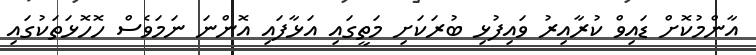
އާންމުކޮށް ޑައިވް ކުރާއިރު ވައިފުޅި ބުރަކަށި މަތީގައި އަޅާފައި އޮންނަ ނަމަވެސް ހޮހޮޅަތަކުގައި